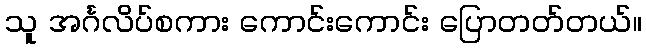
သူ အင်္ဂလိပ်စကား ကောင်းကောင်း ပြောတတ်တယ်။